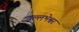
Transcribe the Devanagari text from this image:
वल्लभेश्वर